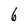
Character: 6